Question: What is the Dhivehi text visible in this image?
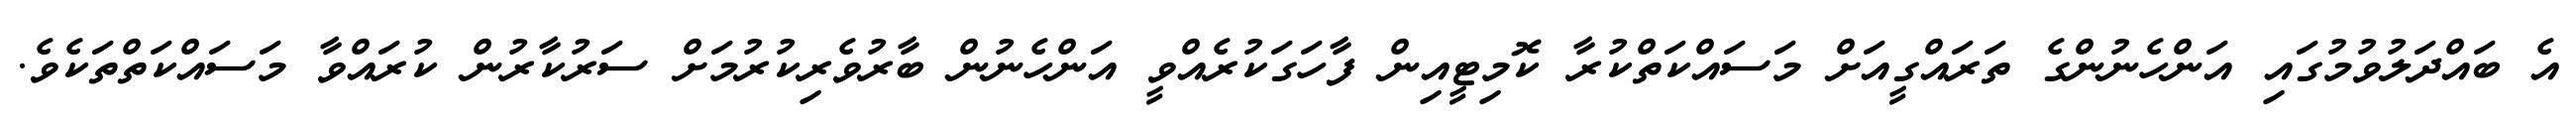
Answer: އެ ބައްދަލުވުމުގައި އަންހެނުންގެ ތަރައްގީއަށް މަސައްކަތްކުރާ ކޮމިޓީއިން ފާހަގަކުރެއްވީ އަންހެނުން ބާރުވެރިކުރުމަށް ސަރުކާރުން ކުރައްވާ މަސައްކަތްތަކެވެ.